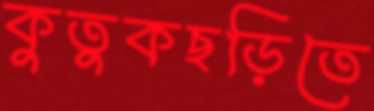
কুতুকছড়িতে